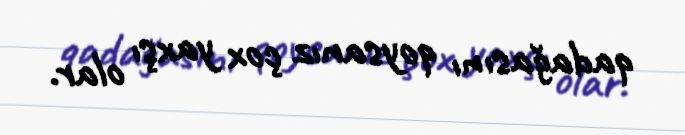
qadağasını qoysanız çox yaxşı olar.